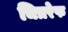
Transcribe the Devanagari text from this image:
चित्ररेफ